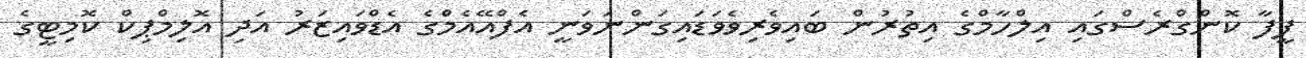
ފީފާ ކޮންގްރެސްގައި އިލްހާމްގެ އިތުރުން ބައިވެރިވެވަޑައިގަންނަވަނީ އެފްއޭއެމްގެ އެޑްވައިޒަރު އަދި އޮލިމްޕިކް ކޮމިޓީގެ